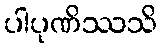
ပါပုဏိဿသိ